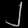
Digit: ၂